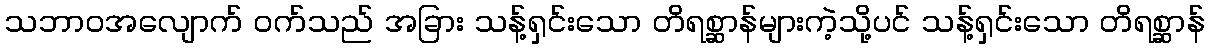
သဘာဝအလျောက် ဝက်သည် အခြား သန့်ရှင်းသော တိရစ္ဆာန်များကဲ့သို့ပင် သန့်ရှင်းသော တိရစ္ဆာန်